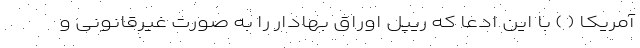
آمریکا ( ) با این ادعا که ریپل اوراق بهادار را به صورت غیرقانونی و